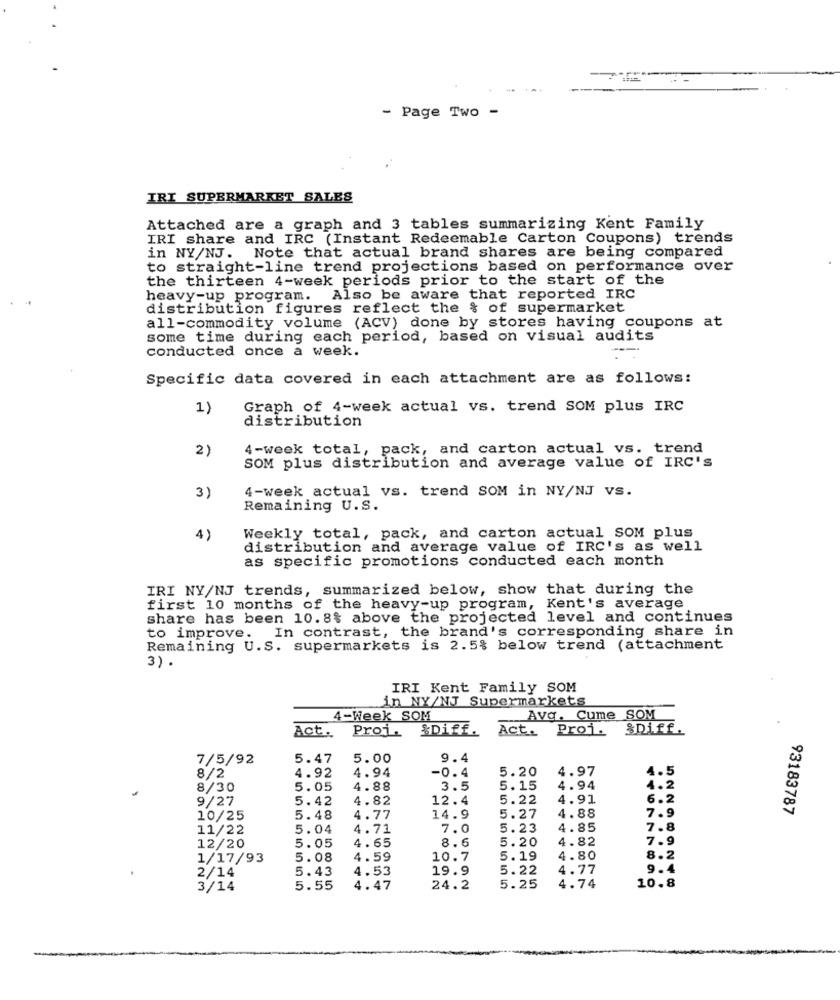
- Page Two -
IRI SUPERMARKET SALES
Attached are a graph and 3 tables summarizing Kent Family
IRI share and IRC (Instant Redeemable Carton Coupons) trends
in NY/NJ.
Note that actual brand shares are being compared
to straight-line trend projections based on performance over
the thirteen 4-week periods prior to the start of the
heavy-up program. Also be aware that reported IRC
distribution figures reflect the & of supermarket
all-commodity volume (ACV) done by stores having coupons at
some time during each period, based on visual audits
conducted once a week.
Specific data covered in each attachment are as follows:
1)
Graph of 4-week actual vs. trend SOM plus IRC
distribution
2)
4-week total, pack, and carton actual vs. trend
SOM plus distribution and average value of IRC's
4-week actual vs. trend SOM in NY/NJ VS.
3)
Remaining U.S.
4)
Weekly total, pack, and carton actual SOM plus
distribution and average value of IRC's as well
as specific promotions conducted each month
IRI NY/NJ trends, summarized below, show that during the
first 10 months of the heavy-up program, Kent's average
share has been 10.8% above the projected level and continues
to improve. In contrast, the brand's corresponding share in
Remaining U.S. supermarkets is 2.5% below trend (attachment
3) .
IRI Kent Family SOM
in NY/NJ Supermarkets
4-Week SOM
Avg. Cume SOM
Proi. &Diff.
Act. Proi.
&Diff.
Act ..
7/5/92
5.47
5.00
9.4
4.94
-0.4
5.20
4.97
4.5
8/2
4.92
8/30
5.05
4.88
3.5
5.15
4.94
4.2
9/27
5.42
4.82
12.4
5.22
4.91
6.2
7.9
93183787
10/25
5.48
4.77
14.9
5.27
4.88
11/22
5.04
4.71
7.0
5.23
4.85
7.8
5.05
8.6
5.20
4.82
7.9
12/20
4.65
1/17/93
5.08
4.59
10.7
5.19
4.80
8.2
2/14
5.43
4.53
19.9
5.22
4.77
9.4
3/14
5.55
4.47
24.2
5.25
4.74
10.8